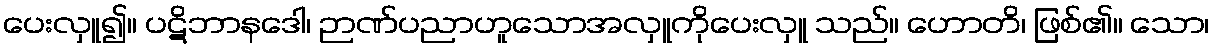
ပေးလှူ၍။ ပဋိဘာနဒေါ၊ ဉာဏ်ပညာဟူသောအလှူကိုပေးလှူ သည်။ ဟောတိ၊ ဖြစ်၏။ သော၊